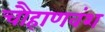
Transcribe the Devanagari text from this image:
चौहाणवंश